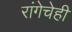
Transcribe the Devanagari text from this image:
रांगेचेही